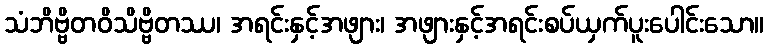
သံဘိဗ္ဗိတဝိသိဗ္ဗိတဿ၊ အရင်းနှင့်အဖျား၊ အဖျားနှင့်အရင်းစပ်ယှက်ပူးပေါင်းသော။